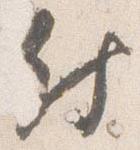
付